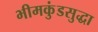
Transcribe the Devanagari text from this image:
भीमकुंडसुद्धा